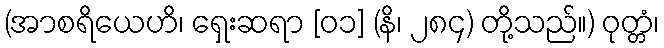
(အာစရိယေဟိ၊ ရှေးဆရာ [၀၁] (နိ၊ ၂၈၄) တို့သည်။) ဝုတ္တံ၊